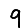
Digit: 9